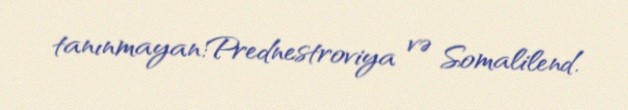
tanınmayan:Prednestroviya və Somalilend.